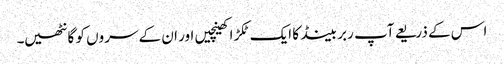
اس کے ذریعے آپ ربر بینڈ کا ایک ٹکڑا کھینچیں اور ان کے سروں کو گانٹھیں۔